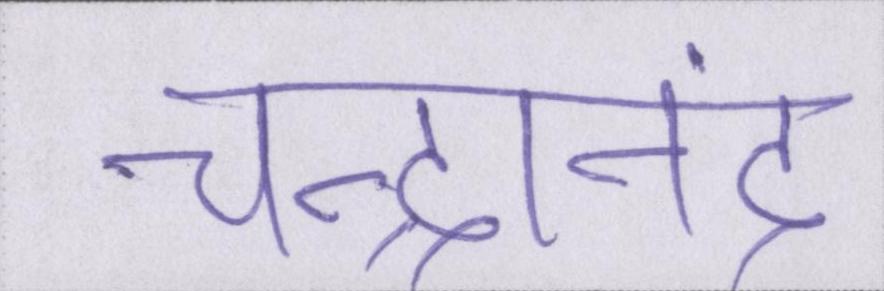
चन्द्रानंद